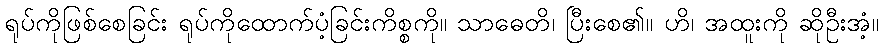
ရုပ်ကိုဖြစ်စေခြင်း ရုပ်ကိုထောက်ပံ့ခြင်းကိစ္စကို။ သာဓေတိ၊ ပြီးစေ၏။ ဟိ၊ အထူးကို ဆိုဦးအံ့။